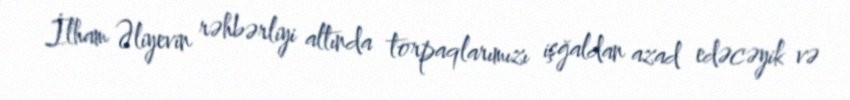
İlham Əliyevin rəhbərliyi altında torpaqlarımızı işğaldan azad edəcəyik və